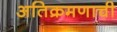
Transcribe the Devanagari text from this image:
अतिक्रमणाची